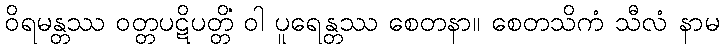
ဝိရမန္တဿ ဝတ္တပဋိပတ္တိံ ဝါ ပူရေန္တဿ စေတနာ။ စေတသိကံ သီလံ နာမ